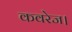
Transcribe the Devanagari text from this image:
कवरेज।